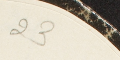
23